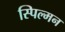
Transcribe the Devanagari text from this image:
स्पिल्मन